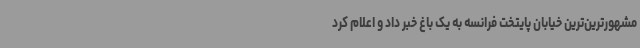
مشهورترین‌ترین خیابان پایتخت فرانسه به یک باغ خبر داد و اعلام کرد